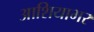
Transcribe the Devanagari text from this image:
आशियाभर